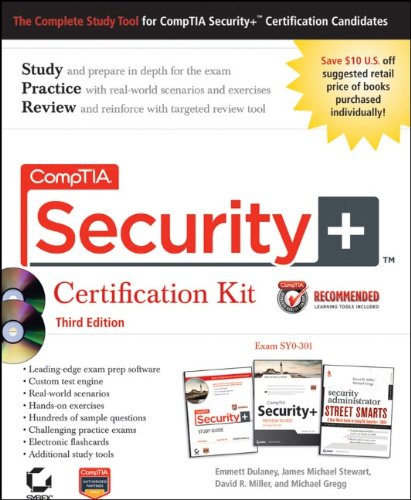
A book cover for CompTIA Security+ Certification Kit Recommended Courseware: Exam SY0-301; Emmett Dulaney; Computers & Technology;